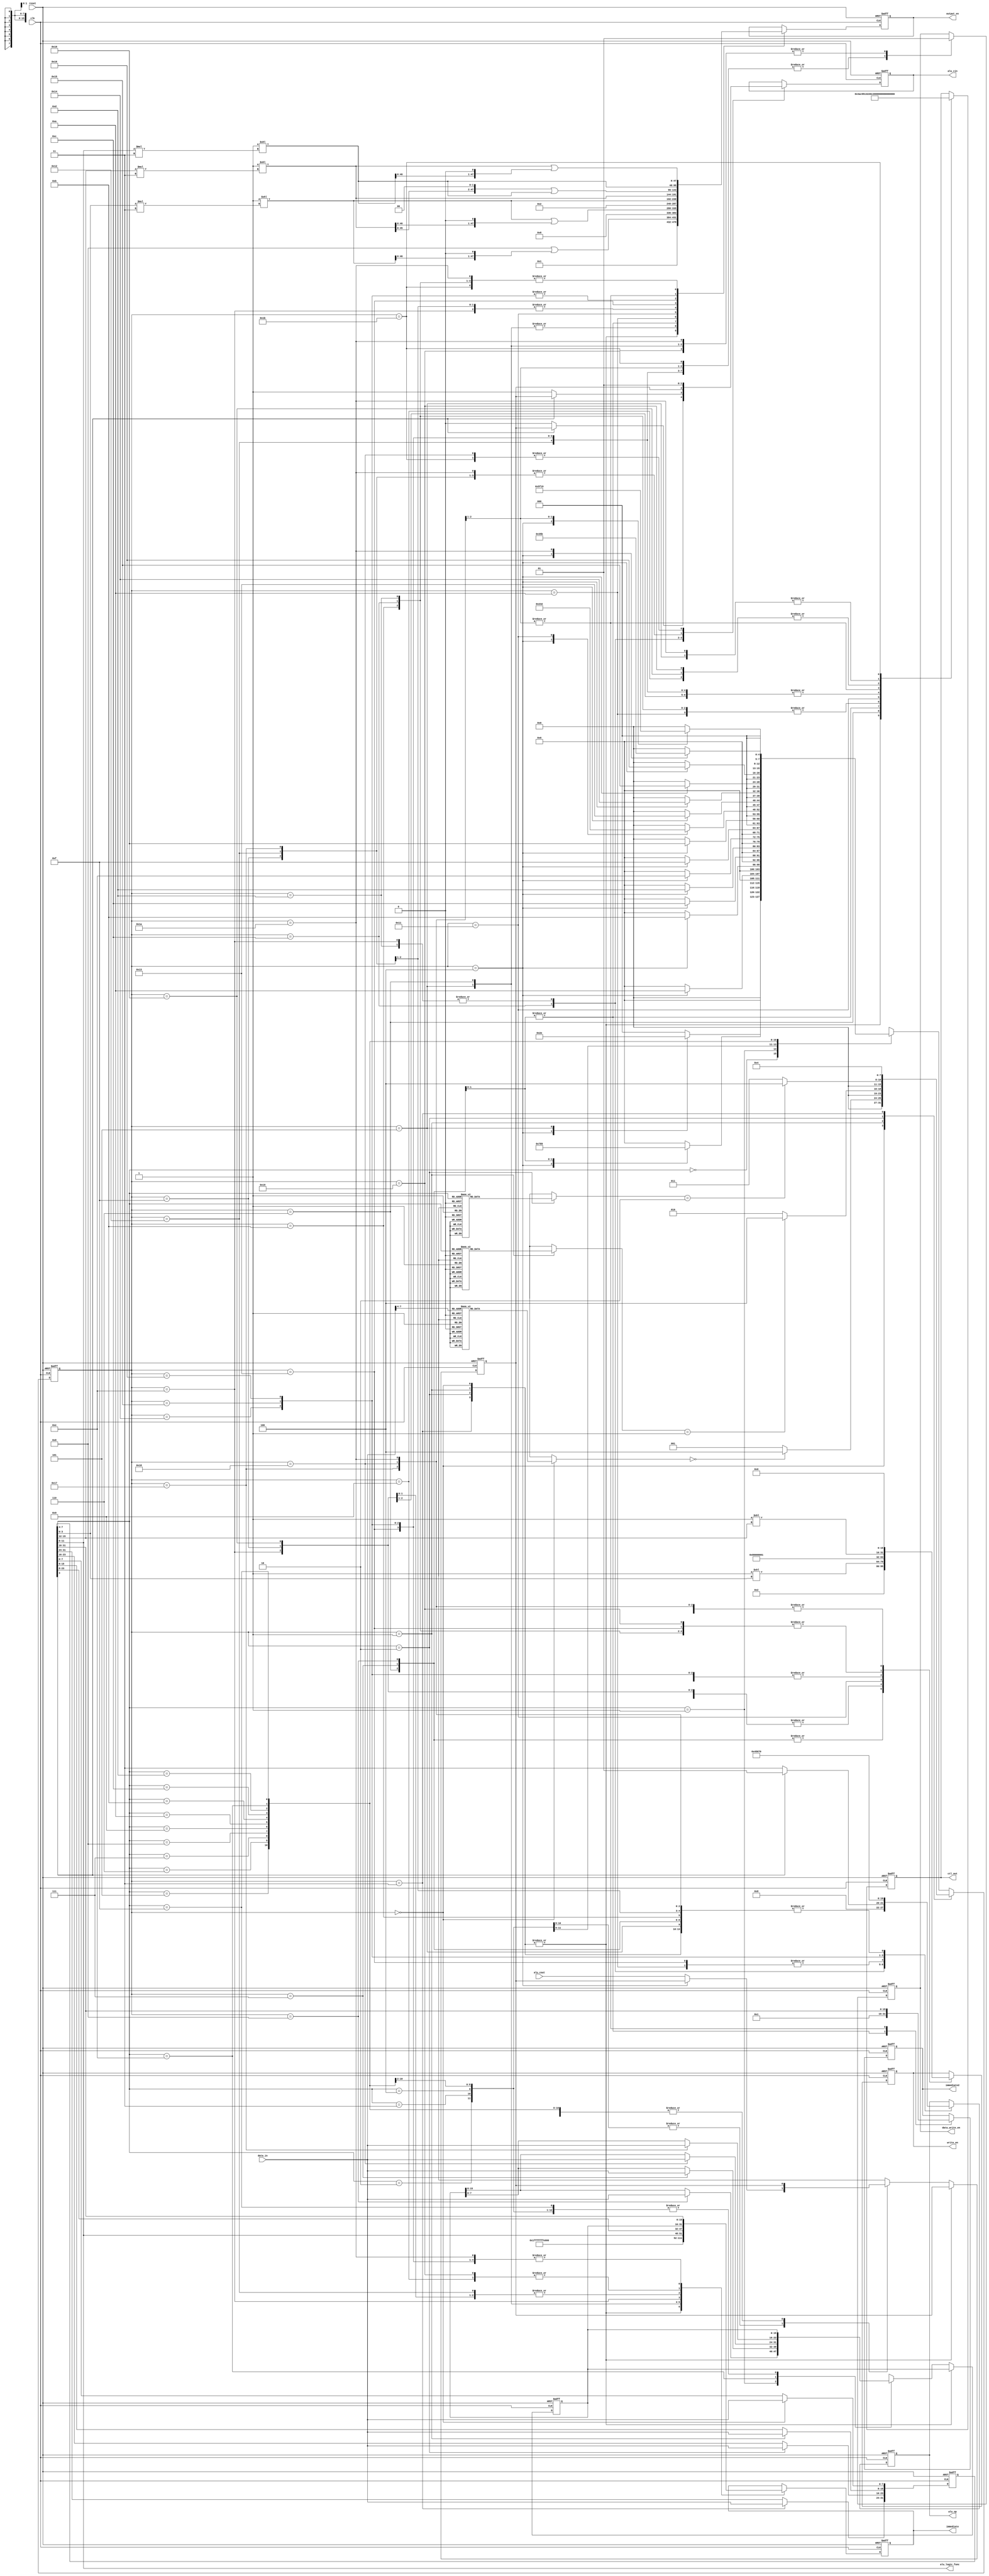
`timescale 1ns / 1ps
//////////////////////////////////////////////////////////////////////////////////
// Company: 
// Engineer: 
// 
// Design Name: 
// Module Name:    cpu_ctl 
// Project Name: 
// Target Devices: 
// Tool versions: 
// Description: 
//
// Dependencies: 
//
// Revision: 
// Revision 0.01 - File Created
// Additional Comments: 
//
//////////////////////////////////////////////////////////////////////////////////
module cpu_ctl(
    output reg data_write_en,
    output reg [3:0] alu_op,
    output [3:0] alu_logic_func,
    output reg alu_cin,
    output reg [10:0] ctl_out,
    output reg [15:0] immediate,
    output reg [15:0] immediate2,
    output reg [15:0] write_en,
    output reg [47:0] output_en,
    input [7:0] data_in,
    input alu_cout,
    input clk,
    input reset
    );
    
    reg [31:0] insn;
    reg [15:0] mem_read_scratch;
    reg [7:0] insn_cycle;
    reg carry;
    
    assign alu_logic_func = insn[11:8];
    
    wire [15:0] reg_1, reg_2, reg_3;
    wire [47:0] out_1, out_2, out_3;
    wire insn_len_1, insn_len_2, insn_len_3, insn_len_4;
    
    assign reg_1 = 16'b1 << insn[3:0];
    assign reg_2 = 16'b1 << insn[15:12];
    assign reg_3 = 16'b1 << insn[11:8];
    
    assign out_1 = 48'b1 << (insn[3:0] * 3);
    assign out_2 = 48'b1 << (insn[15:12] * 3);
    assign out_3 = 48'b1 << (insn[11:8] * 3);
    
    function [1:0] insn_len;
        input [3:0] opcode;
        
        case(opcode)
            4'b0000: insn_len = 2'b00;
            4'b0001: insn_len = 2'b00;
            
            4'b0010: insn_len = 2'b01;
            4'b0011: insn_len = 2'b01;
            4'b0100: insn_len = 2'b01;
            4'b0101: insn_len = 2'b01;
            4'b0110: insn_len = 2'b01;
            
            4'b0111: insn_len = 2'b10;
            4'b1000: insn_len = 2'b10;
            4'b1001: insn_len = 2'b10;
            
            4'b1010: insn_len = 2'b11;
            4'b1011: insn_len = 2'b11;
            4'b1100: insn_len = 2'b11;
            4'b1101: insn_len = 2'b11;
            4'b1110: insn_len = 2'b11;
            4'b1111: insn_len = 2'b11;
        endcase
        
    endfunction

    always @(posedge clk or posedge reset) begin
        if(reset) begin
            insn = 32'b0;
            insn_cycle = 8'b0;
            mem_read_scratch = 16'b0;
            carry = 1'b0;
        end else case(insn_cycle)
            8'b00 : begin
                insn[7:0] = data_in;
                insn_cycle = (insn_len(insn[7:4]) == 2'b00) ? 8'b100 : 8'b01;
            end
            8'b01 : begin
                insn[15:8] = data_in;
                insn_cycle = (insn_len(insn[7:4]) == 2'b01) ? 8'b100 : 8'b10;
            end
            8'b10 : begin
                insn[23:16] = data_in;
                insn_cycle = (insn_len(insn[7:4]) == 2'b10) ? 8'b100 : 8'b11;
            end
            8'b11 : begin
                insn[31:24] = data_in;
                insn_cycle = 8'b100;
            end
            default : case(insn[7:4])
                4'b0000 : begin
                    // PUSH R
                    // SP -> BUSA -> ALUA, 16'hffff -> ALUB, ALU-OUT -> ADDR, R -> BUSB [7:0]-> DATAIN, write data
                    // SP -> BUSA -> ALUA, 16'hfffe -> ALUB, ALU-OUT -> REG-IN, write SP, SP -> BUSA -> ADDR, R -> BUSB [15:8]-> DATAIN, write data
                    case(insn_cycle)
                        8'b100  : insn_cycle = 8'b101;
                        8'b101  : insn_cycle = 8'b110;
                        default : insn_cycle = 8'b00;
                    endcase
                end
                4'b0001 : begin
                    // POP R
                    // SP -> BUSA -> ADDR, DATAOUT -> CTLIN, SP -> BUSA -> ALUA, 16'b1 -> ALUB, ALU-OUT -> REG-IN, write SP
                    // SP -> BUSA -> ADDR, DATAOUT -> CTLIN, SP -> BUSA -> ALUA, 16'b1 -> ALUB, ALU-OUT -> REG-IN, write SP
                    // IMM -> REGIN, write R
                    case(insn_cycle)
                        8'b100  : insn_cycle = 8'b111;
                        8'b111  : begin
                            mem_read_scratch[7:0] = data_in;
                            insn_cycle = 8'b1000;
                        end
                        8'b1000 : begin
                            mem_read_scratch[15:8] = data_in;
                            insn_cycle = 8'b1001;
                        end
                        default : insn_cycle = 8'b00;
                    endcase
                end
                4'b0010 : begin
                    // LFUN C, R1, R2
                    // R1 -> BUSA -> ALUA, R2 -> BUSB -> ALUB, ALUOUT -> REGIN, write R1
                    case(insn_cycle)
                        8'b100  : insn_cycle = 8'b1010;
                        default : insn_cycle = 8'b00;
                    endcase
                end
                4'b0011 : begin
                    // ADD[C] R1, R2
                    // R1 -> BUSA -> ALUA, R2 -> BUSB -> ALUB, ALUOUT -> REGIN, write R1
                    case(insn_cycle)
                        8'b100  : insn_cycle = 8'b1011;
                        default : begin
                            carry = alu_cout;
                            insn_cycle = 8'b00;
                        end
                    endcase
                end
                4'b0100 : begin
                    // SUB[C] R1, R2
                    // R1 -> BUSA -> ALUA, R2 -> BUSB -> ALUB, ALUOUT -> REGIN, write R1
                    case(insn_cycle)
                        8'b100  : insn_cycle = 8'b1100;
                        default : begin
                            carry = alu_cout;
                            insn_cycle = 8'b00;
                        end
                    endcase
                end
                4'b0101 : begin
                    // ROT[C] R1, R2
                    // R1 -> BUSA -> ALUA, R2 -> BUSB -> ALUB, ALUOUT -> REGIN, write R1
                    case(insn_cycle)
                        8'b100  : insn_cycle = 8'b1101;
                        default : insn_cycle = 8'b00;
                    endcase
                end
                4'b0110 : begin
                    // ROT[C] R, C
                    // R1 -> BUSA -> ALUA, IMM -> ALUB, ALUOUT -> REGIN, write R
                    case(insn_cycle)
                        8'b100  : insn_cycle = 8'b1110;
                        default : insn_cycle = 8'b00;
                    endcase
                end
                4'b0111 : begin
                    // ADD R, C
                    // R1 -> BUSA -> ALUA, IMM -> ALUB, ALUOUT -> REGIN, write R
                    case(insn_cycle)
                        8'b100  : insn_cycle = 8'b1111;
                        default : insn_cycle = 8'b00;
                    endcase
                end
                4'b1000 : begin
                    // MOV R, C
                    // IMM -> REGIN, write R
                    case(insn_cycle)
                        8'b100  : insn_cycle = 8'b10000;
                        default : insn_cycle = 8'b00;
                    endcase
                end
                4'b1001 : begin
                    // CALL R + C
                    // PC -> BUSB -> REG-IN, write R15
                    // R1 -> BUSA -> ALUA, IMM -> ALUB, ALUOUT -> REGIN, write PC
                    case(insn_cycle)
                        8'b100   : insn_cycle = 8'b10001;
                        8'b10001 : insn_cycle = 8'b10010;
                        default  : insn_cycle = 8'b00;
                    endcase
                end
                4'b1010 : begin
                    // LFUN C, R, C
                    // R1 -> BUSA -> ALUA, IMM -> ALUB, ALUOUT -> REGIN, write R1
                    case(insn_cycle)
                        8'b100  : insn_cycle = 8'b10011;
                        default : insn_cycle = 8'b00;
                    endcase
                end
                4'b1011 : begin
                    // BEZ R1, R2 + C
                    // R1 -> BUSC -> ALUC, R2 -> BUSA -> ALUA, IMM -> ALUB, ALUOUT -> REGIN, write PC
                    case(insn_cycle)
                        8'b100  : insn_cycle = 8'b10100;
                        default : insn_cycle = 8'b00;
                    endcase
                end
                4'b1100 : begin
                    // BNEZ R1, R2 + C
                    // R1 -> BUSC -> ALUC, R2 -> BUSA -> ALUA, IMM -> ALUB, ALUOUT -> REGIN, write PC
                    case(insn_cycle)
                        8'b100  : insn_cycle = 8'b10101;
                        default : insn_cycle = 8'b00;
                    endcase
                end
                4'b1101 : begin
                    // BGEZ R1, R2 + C
                    // R1 -> BUSB -> ALUC, R2 -> BUSA -> ALUA, IMM -> ALUB, ALUOUT -> REGIN, write PC
                    case(insn_cycle)
                        8'b100  : insn_cycle = 8'b10110;
                        default : insn_cycle = 8'b00;
                    endcase
                end
                4'b1110 : begin
                    // MOV R1, [R2 + C]
                    // R2 -> BUSA -> ALUA, IMM -> ALUB, ALUOUT -> ADDR, DATAOUT -> CTLIN
                    // R2 -> BUSA -> ALUA, IMM -> ALUB, ALUOUT -> ADDR, DATAOUT -> CTLIN
                    // IMM -> BUSC -> REGIN, write R1
                    case(insn_cycle)
                        8'b100   : insn_cycle = 8'b10111;
                        8'b10111 : begin
                            mem_read_scratch[7:0] = data_in;
                            insn_cycle = 8'b11000;
                        end
                        8'b11000 : begin
                            mem_read_scratch[15:8] = data_in;
                            insn_cycle = 8'b11001;
                        end
                        default  : insn_cycle = 8'b00;
                    endcase
                end
                4'b1111 : begin
                    // MOV [R1 + C], R2
                    // R1 -> BUSA -> ALUA, IMM -> ALUB, ALUOUT -> ADDR, R2 -> BUSB [7:0]-> DATAIN, write data
                    // R1 -> BUSA -> ALUA, IMM -> ALUB, ALUOUT -> ADDR, R2 -> BUSB [15:8]-> DATAIN, write data
                    case(insn_cycle)
                        8'b100   : insn_cycle = 8'b11010;
                        8'b11010 : insn_cycle = 8'b11011;
                        default  : insn_cycle = 8'b00;
                    endcase
                end
            endcase
        endcase
    end

    always @(negedge clk or posedge reset) begin
        if(reset) begin
            write_en = 16'b0;
            data_write_en = 1'b0;
            alu_op = 4'b0;
            alu_cin = 1'b0;
            output_en = 48'b0;
            ctl_out = 11'b0;
            immediate = 16'b0;
            immediate2 = 16'b0;
        end else case(insn_cycle)
            8'b00, 8'b01, 8'b10, 8'b11 : begin
                // instruction fetch
                // PC -> BUSA -> ADDR, PC -> BUSA -> ALUA, 16'b1 -> ALUB, ALU-OUT -> REG-IN, write PC
                write_en = 16'b1;
                data_write_en = 1'b0;
                alu_op = 4'b000;
                alu_cin = 1'b0;
                output_en = 48'b1;
                ctl_out = 11'b00010010101;
                immediate = 16'b1;
            end
            8'b100 : begin
                write_en = 16'b0;
                data_write_en = 1'b0;
            end
            8'b101 : begin
                // SP -> BUSA -> ALUA, 16'hffff -> ALUB, ALU-OUT -> ADDR, R -> BUSB [7:0]-> DATAIN, write data
                write_en = 16'b0;
                data_write_en = 1'b1;
                alu_op = 4'b000;
                alu_cin = 1'b0;
                output_en = 48'b1000 | (out_1 << 1);
                ctl_out = 11'b01000100101;
                immediate = 16'hffff;
            end
            8'b110 : begin
                // SP -> BUSA -> ALUA, 16'hfffe -> ALUB, ALU-OUT -> REG-IN, write SP, SP -> BUSA -> ADDR, R -> BUSB [15:8]-> DATAIN, write data
                write_en = 16'b10;
                data_write_en = 1'b1;
                alu_op = 4'b000;
                alu_cin = 1'b0;
                output_en = 48'b1000 | (out_1 << 1);
                ctl_out = 11'b10010010101;
                immediate = 16'hfffe;
            end
            8'b111 : begin
                // SP -> BUSA -> ADDR, DATAOUT -> CTLIN, SP -> BUSA -> ALUA, 16'b1 -> ALUB, ALU-OUT -> REG-IN, write SP
                write_en = 16'b10;
                data_write_en = 1'b0;
                alu_op = 4'b000;
                alu_cin = 1'b0;
                output_en = 48'b1000;
                ctl_out = 11'b00010011001;
                immediate2 = 16'b1;
            end
            8'b1000 : begin
                // SP -> BUSA -> ADDR, DATAOUT -> CTLIN, SP -> BUSA -> ALUA, 16'b1 -> ALUB, ALU-OUT -> REG-IN, write SP
                write_en = 16'b10;
                data_write_en = 1'b0;
                alu_op = 4'b000;
                alu_cin = 1'b0;
                output_en = 48'b1000;
                ctl_out = 11'b00010011001;
                immediate2 = 16'b1;
            end
            8'b1001 : begin
                // IMM -> REGIN, write R
                write_en = reg_1;
                data_write_en = 1'b0;
                ctl_out = 11'b00101000000;
                immediate = mem_read_scratch;
            end
            8'b1010 : begin
                // R1 -> BUSA -> ALUA, R2 -> BUSB -> ALUB, ALUOUT -> REGIN, write R1
                write_en = reg_1;
                data_write_en = 1'b0;
                alu_op = 4'b100;
                output_en = out_1 | (out_2 << 1);
                ctl_out = 11'b00010000011;
            end
            8'b1011 : begin
                // R1 -> BUSA -> ALUA, R2 -> BUSB -> ALUB, ALUOUT -> REGIN, write R1
                write_en = reg_2;
                data_write_en = 1'b0;
                alu_op = 4'b000;
                alu_cin = insn[3] ? carry : 1'b0;
                output_en = out_2 | (out_3 << 1);
                ctl_out = 11'b00010000011;
            end
            8'b1100 : begin
                // R1 -> BUSA -> ALUA, R2 -> BUSB -> ALUB, ALUOUT -> REGIN, write R1
                write_en = reg_2;
                data_write_en = 1'b0;
                alu_op = 4'b010;
                alu_cin = insn[3] ? carry : 1'b1;
                output_en = out_2 | (out_3 << 1);
                ctl_out = 11'b00010000011;
            end
            8'b1101 : begin
                // R1 -> BUSA -> ALUA, R2 -> BUSB -> ALUB, ALUOUT -> REGIN, write R1
                write_en = reg_2;
                data_write_en = 1'b0;
                alu_op = insn[3] ? 4'b001 : 4'b011;
                alu_cin = carry;
                output_en = out_2 | (out_3 << 1);
                ctl_out = 11'b00010000011;
            end
            8'b1110 : begin
                // R1 -> BUSA -> ALUA, IMM -> ALUB, ALUOUT -> REGIN, write R
                write_en = reg_1;
                data_write_en = 1'b0;
                alu_op = insn[3] ? 4'b001 : 4'b011;
                alu_cin = carry;
                output_en = out_1;
                ctl_out = 11'b00010000101;
                immediate = insn[11:8];
            end
            8'b1111 : begin
                // R1 -> BUSA -> ALUA, IMM -> ALUB, ALUOUT -> REGIN, write R
                write_en = reg_1;
                data_write_en = 1'b0;
                alu_op = 4'b000;
                alu_cin = 1'b0;
                output_en = out_1;
                ctl_out = 11'b00010000101;
                immediate = insn[23:8];
            end
            8'b10000 : begin
                // IMM -> BUSB -> REGIN, write R
                write_en = reg_1;
                data_write_en = 1'b0;
                ctl_out = 11'b00101000000;
                immediate = insn[23:8];
            end
            8'b10001 : begin
                // PC -> BUSB -> REG-IN, write R15
                write_en = 16'h8000;
                data_write_en = 1'b0;
                output_en = 48'b10;
                ctl_out = 11'b00001000000;
            end
            8'b10010 : begin
                // R1 -> BUSA -> ALUA, IMM -> ALUB, ALUOUT -> REGIN, write PC
                write_en = 16'b1;
                data_write_en = 1'b0;
                alu_op = 4'b000;
                alu_cin = 1'b0;
                output_en = out_1;
                ctl_out = 11'b00010000101;
                immediate = insn[23:8];
            end
            8'b10011 : begin
                // R1 -> BUSA -> ALUA, IMM -> ALUB, ALUOUT -> REGIN, write R1
                write_en = reg_2;
                data_write_en = 1'b0;
                alu_op = 4'b100;
                output_en = out_2;
                ctl_out = 11'b00010000101;
                immediate = insn[31:16];
            end
            8'b10100 : begin
                // R1 -> BUSC -> ALUC, R2 -> BUSA -> ALUA, IMM -> ALUB, ALUOUT -> REGIN, write PC
                write_en = 16'b1;
                data_write_en = 1'b0;
                alu_op = 4'b101;
                output_en = (out_2 << 2) | out_3;
                ctl_out = 11'b00010000101;
                immediate = insn[31:16];
            end
            8'b10101 : begin
                // R1 -> BUSC -> ALUC, R2 -> BUSA -> ALUA, IMM -> ALUB, ALUOUT -> REGIN, write PC
                write_en = 16'b1;
                data_write_en = 1'b0;
                alu_op = 4'b110;
                output_en = (out_2 << 2) | out_3;
                ctl_out = 11'b00010000101;
                immediate = insn[31:16];
            end
            8'b10110 : begin
                // R1 -> BUSB -> ALUC, R2 -> BUSA -> ALUA, IMM -> ALUB, ALUOUT -> REGIN, write PC
                write_en = 16'b1;
                data_write_en = 1'b0;
                alu_op = 4'b111;
                output_en = (out_2 << 2) | out_3;
                ctl_out = 11'b00010000101;
                immediate = insn[31:16];
            end
            8'b10111 : begin
                // R2 -> BUSA -> ALUA, IMM -> ALUB, ALUOUT -> ADDR, DATAOUT -> CTLIN
                write_en = 16'b0;
                data_write_en = 1'b0;
                alu_op = 4'b000;
                alu_cin = 1'b0;
                output_en = out_3;
                ctl_out = 11'b00000101001;
                immediate2 = insn[31:16];
            end
            8'b11000 : begin
                // R2 -> BUSA -> ALUA, IMM -> ALUB, ALUOUT -> ADDR, DATAOUT -> CTLIN
                write_en = 16'b0;
                data_write_en = 1'b0;
                alu_op = 4'b000;
                alu_cin = 1'b1;
                output_en = out_3;
                ctl_out = 11'b00000101001;
                immediate2 = insn[31:16];
            end
            8'b11001 : begin
                // IMM -> BUSB -> REGIN, write R1
                write_en = reg_2;
                data_write_en = 1'b0;
                ctl_out = 11'b00101000000;
                immediate = mem_read_scratch;
            end
            8'b11010 : begin
                // R1 -> BUSA -> ALUA, IMM -> ALUB, ALUOUT -> ADDR, R2 -> BUSB [7:0]-> DATAIN, write data
                write_en = 16'b0;
                data_write_en = 1'b1;
                alu_op = 4'b000;
                alu_cin = 1'b0;
                output_en = out_2 | (out_3 << 1);
                ctl_out = 11'b01000100101;
                immediate = insn[31:16];
            end
            8'b11011 : begin
                // R1 -> BUSA -> ALUA, IMM -> ALUB, ALUOUT -> ADDR, R2 -> BUSB [15:8]-> DATAIN, write data
                write_en = 16'b0;
                data_write_en = 1'b1;
                alu_op = 4'b000;
                alu_cin = 1'b1;
                output_en = out_2 | (out_3 << 1);
                ctl_out = 11'b10000100101;
                immediate = insn[31:16];
            end
        endcase
    end

endmodule